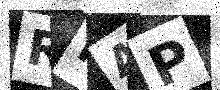
Text: RRAP